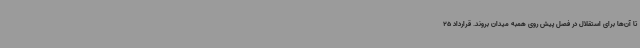
تا آن‌ها برای استقلال در فصل پیش روی همبه میدان بروند. قرارداد 25